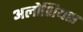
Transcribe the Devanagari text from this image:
अलोशियस